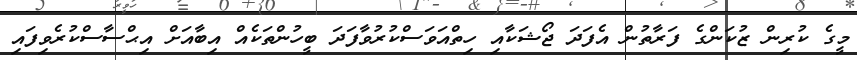
މީގެ ކުރިން ޒުކަންގެ ފަރާތުން އެފަދަ ޖޯޝަކާއި ހިތްއަވަސްކުރުވާފަދަ ބީހުންތަކެއް އިބާއަށް އިޙްސާސްކުރެވިފައި